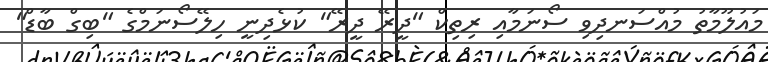
މައުލޫމާތު މުއްސަނދިވި ސޯނަމާއި ރިތިކް "ދީރޭ ދީރޭ" ކުޅެދިނީ ހިލޭސޯނަމްގެ "ބިގް ބާޑް"